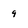
Character: 9